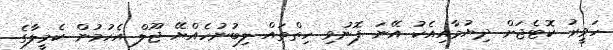
ހަވީރު ކޮޓެޖަށް ދިޔުމާއިއެކު އޭނަ ފޮނުވި ހިތްތައް ލިބުނުހެއްޔޭ ޖޫލް އެހުމުން ކެމީލާގެ